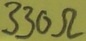
Text: 330Ω